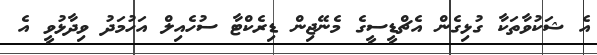
އެ ޝަކުވާތަކާ ގުޅިގެން އެޗްޑީސީގެ މެނޭޖިން ޑިރެކްޓާ ސުހެއިލް އަހުމަދު ވިދާޅުވީ އެ